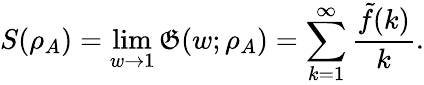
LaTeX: S(\rho_{A})=\operatorname*{lim}_{w\to1}\mathfrak{G}(w;\rho_{A})=\sum_{k=1}^{\infty}\frac{{\tilde{{f}}(k)}}{{k}}.